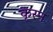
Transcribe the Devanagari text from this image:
कृस्न